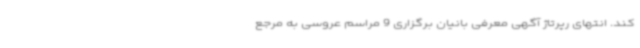
کند. انتهای رپرتاژ آگهی معرفی بانیان برگزاری 9 مراسم عروسی به مرجع